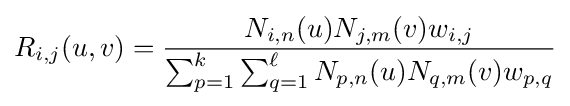
R_{i,j}(u,v)={\frac {N_{i,n}(u)N_{j,m}(v)w_{i,j}}{\sum _{p=1}^{k}\sum _{q=1}^{\ell }N_{p,n}(u)N_{q,m}(v)w_{p,q}}}